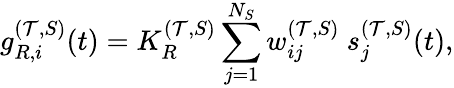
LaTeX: g_{R,i}^{(\mathcal{T},S)}(t)=K_{R}^{(\mathcal{T},S)}\sum_{j=1}^{N_{S}}w_{ij}^{(\mathcal{T},S)}~s_{j}^{(\mathcal{T},S)}(t),